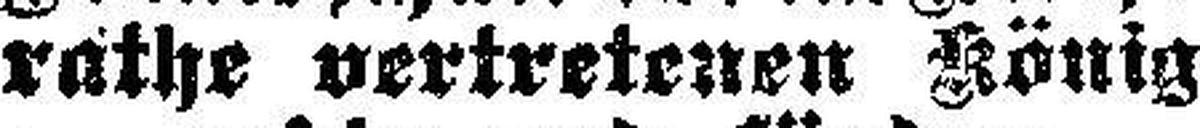
rathe vertretenen König¬